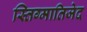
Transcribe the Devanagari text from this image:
स्तिग्मातिजेद